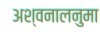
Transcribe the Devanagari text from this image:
अश्वनालनुमा